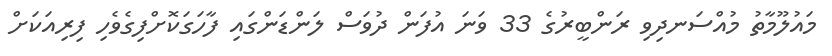
މައުލޫމާތު މުއްސަނދިވި ރަންބީރުގެ 33 ވަނަ އުފަން ދުވަސް ލަންޑަންގައި ފާހަގަކޮށްފިގެވެހި ފިރިއަކަށް